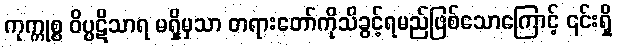
ကုက္ကုစ္စ ဝိပ္ပဋိသာရ မရှိမှသာ တရားတော်ကိုသိခွင့်ရမည်ဖြစ်သောကြောင့် ၎င်းရှိ